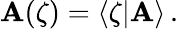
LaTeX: {\cal\mathbf{A}}(\zeta)=\langle\zeta|\mathbf{A}\rangle\, .